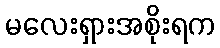
မလေးရှားအစိုးရက